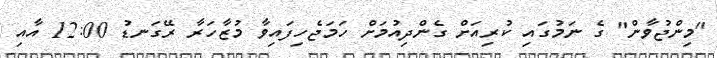
"މިންޖުވާން" ގެ ނަމުގައި ކުރިއަށް ގެންދިއުމަށް ހަމަޖެހިފައިވާ މުޒާހަރާ ރޭގަނޑު 12:00 އާއި